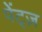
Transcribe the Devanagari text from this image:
पेंट्ज़